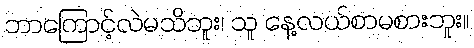
ဘာကြောင့်လဲမသိဘူး၊ သူ နေ့လယ်စာမစားဘူး။